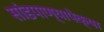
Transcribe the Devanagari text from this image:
सांडपाण्यापेक्षा